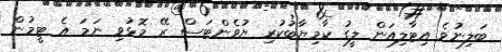
ބަލިނުވެ އިޓާލިއަން ލީގު ކާމިޔާބުކުރި ޔުވެންޓަސް ރޭ މޮޅުވި ނަމަ އެ ޓީމުން